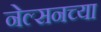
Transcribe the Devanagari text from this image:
नेल्सनच्या